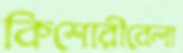
কিশোরীবেলা